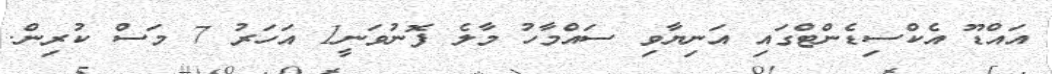
އައްޑޫ އެކްސިޑެންޓްގައި އަނިޔާވި ސައްމާހު މާލެ ފޮނުވަނީ1 އަހަރު 7 މަސް ކުރިން.